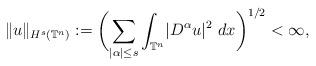
LaTeX: \begin{align*}\Vert u \Vert_{H^s(\mathbb{T}^n)}:=\biggl( \sum_{\lvert\alpha\rvert\leq s}\int_{\mathbb{T}^n}\lvert D^{\alpha} u \rvert^2\ dx\biggr)^{1/2}<\infty,\end{align*}